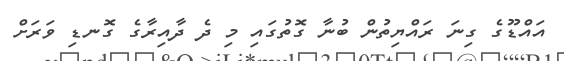
އައްޑޫގެ ގިނަ ރައްޔިތުން ބުނާ ގޮތުގައި މި ދެ ދާއިރާގެ ގޮނޑި ވަރަށް